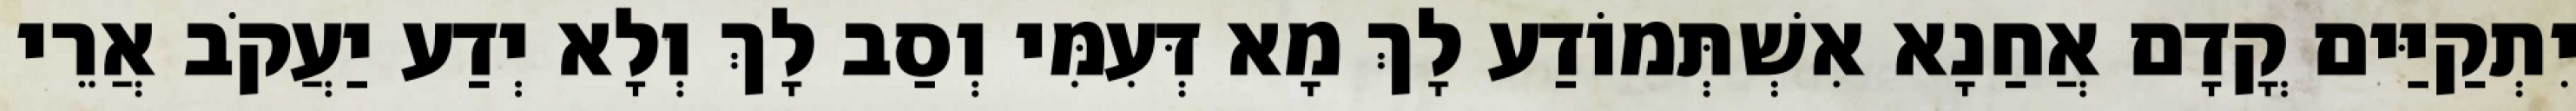
יִתְקַיַּים קֳדָם אֲחַנָא אִשְׁתְּמוֹדַע לָךְ מָא דְּעִמִּי וְסַב לָךְ וְלָא יְדַע יַעֲקֹב אֲרֵי